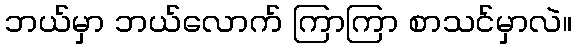
ဘယ်မှာ ဘယ်လောက် ကြာကြာ စာသင်မှာလဲ။